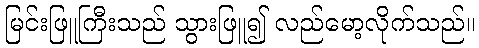
မြင်းဖြူကြီးသည် သွားဖြူ၍ လည်မော့လိုက်သည်။